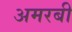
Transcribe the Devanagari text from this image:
अमरबी